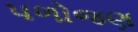
પળોજણ